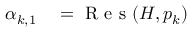
\begin{array} { r } { \begin{array} { r l } { \alpha _ { k , 1 } } & { { } = \mathrm { ~ R ~ e ~ s ~ } ( H , p _ { k } ) } \end{array} } \end{array}